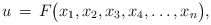
\begin{align*}u\,=\,F\big(x_1,x_2,x_3,x_4,\dots,x_n\big),\end{align*}